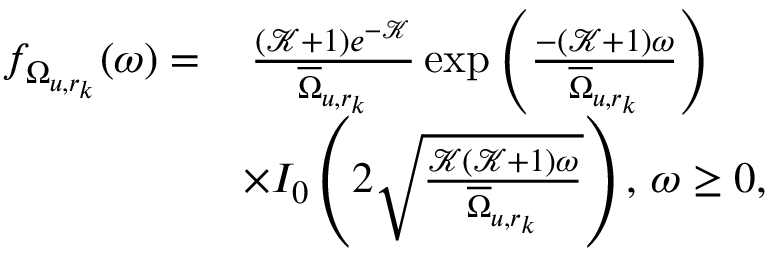
\begin{array} { r l } { f _ { \Omega _ { u , r _ { k } } } ( \omega ) = } & { \, \frac { ( \mathcal { K } + 1 ) e ^ { - \mathcal { K } } } { \overline { { \Omega } } _ { u , r _ { k } } } \exp \left( \frac { - ( \mathcal { K } + 1 ) \omega } { \overline { { \Omega } } _ { u , r _ { k } } } \right) } \\ & { \times I _ { 0 } \left( 2 \sqrt { \frac { \mathcal { K } ( \mathcal { K } + 1 ) \omega } { \overline { { \Omega } } _ { u , r _ { k } } } } \right) , \, \omega \geq 0 , } \end{array}